Vaccination in Bombay 1863-1868 - 1863-1868
Year: 1863
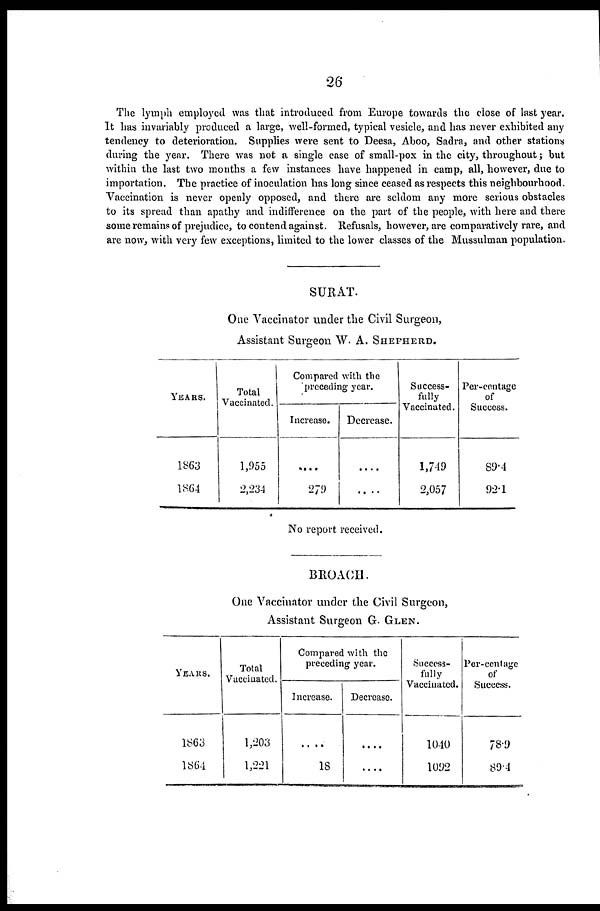
26
The lymph employed was that introduced from Europe towards the close of last year.
It has invariably produced a large, well-formed, typical vesicle, and has never exhibited any
tendency to deterioration. Supplies were sent to Deesa, Aboo, Sadra, and other stations
during the year. There was not a single case of small-pox in the city, throughout; but
within the last two months a few instances have happened in camp, all, however, due to
importation. The practice of inoculation has long since ceased as respects this neighbourhood.
Vaccination is never openly opposed, and there are seldom any more serious obstacles
to its spread than apathy and indifference on the part of the people, with here and there
some remains of prejudice, to contend against. Refusals, however, are comparatively rare, and
are now, with very few exceptions, limited to the lower classes of the Mussulman population.
SURAT.
One Vaccinator under the Civil Surgeon,
Assistant Surgeon W. A. SHEPHERD.
YEARS.
1863
1864
Total
Vaccinated.
1,955
2,234
Compared with the
preceding year.
Increase.
....
279
Decrease.
....
....
Success-
fully
Vaccinated.
1,749
2,057
Per-centage
of
Success.
89.4
92.1
No report received.
BROACH.
One Vaccinator under the Civil Surgeon,
Assistant Surgeon G. GLEN.
YEARS.
1863
1864
Total
Vaccinated.
1,203
1,221
Compared with the
preceding year.
Increase.
....
18
Decrease
....
....
Success-
fully
Vaccinated.
1040
1092
Per-centage
of
Success.
78.9
89.4